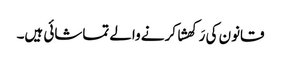
قانون کی رَکھشا کرنے والے تماشائی ہیں۔